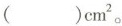
( )cm^{2}。